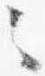
々